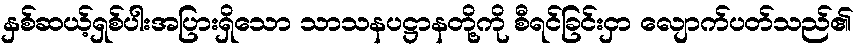
နှစ်ဆယ့်ရှစ်ပါးအပြားရှိသော သာသနပဋ္ဌာနတို့ကို စီရင်ခြင်းငှာ လျောက်ပတ်သည်၏